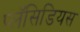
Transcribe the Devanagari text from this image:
प्लॅसिडियस